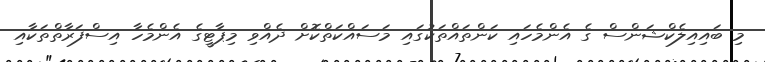
މި ބައިއިލެކްޝަންސް ގެ އެންމެހައި ކަންތައްތަކުގައި މަސައްކަތްކޮށް ދެއްވި މިޕާޓީގެ އެންމެހާ އިސްފަރާތްތަކާއި